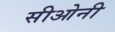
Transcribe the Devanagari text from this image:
सीओनी